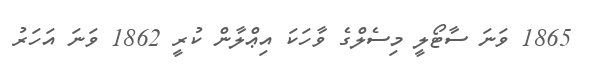
1865 ވަނަ ސާޓޯލީ މިސެލްގެ ވާހަކަ އިޢްލާން ކުރީ 1862 ވަނަ އަހަރު